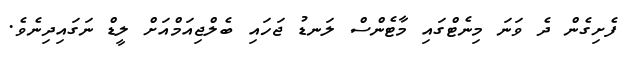
ފެށިގެން ދެ ވަނަ މިނެޓްގައި މާޓެންސް ލަނޑު ޖަހައި ބެލްޖިއަމްއަށް ލީޑް ނަގައިދިނެވެ.